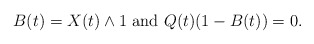
\begin{align*}B(t)=X(t)\wedge 1 \mbox{ and } Q(t)(1-B(t))=0.\end{align*}